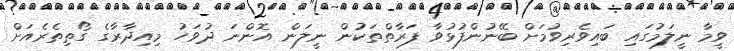
ވީމާ ނީލަމުގައި ބައިވެރިވުމަށް ބޭނުންފުޅުވާ ފަރާތްތަކުން ނީލަން އޮންނަ ދުވަހު މިއިދާރާގެ ގޯތިތެރެއަށް